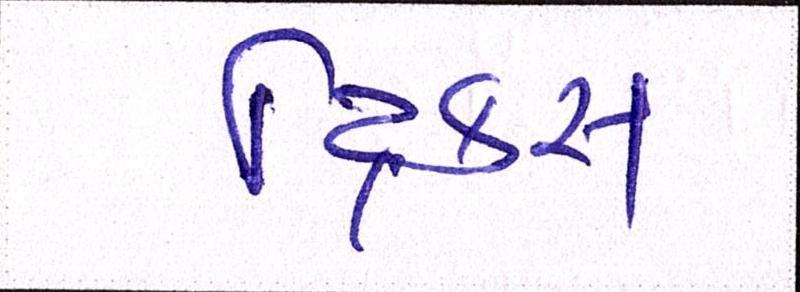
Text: ટ્રિક્સ